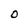
Character: 0